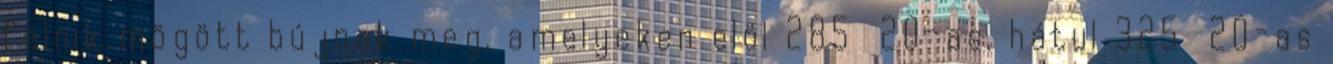
felnik mögött bújnak meg, amelyeken elöl 285 20-as, hátul 325 20-as